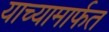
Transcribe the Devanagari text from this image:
याच्यामार्फत